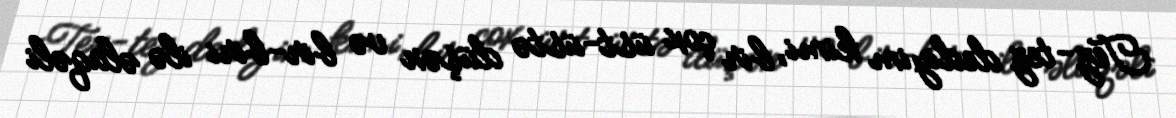
Tez-tez dediyim kimi, bir çox üst-üstə düşən və bir-biri ilə əlaqəli